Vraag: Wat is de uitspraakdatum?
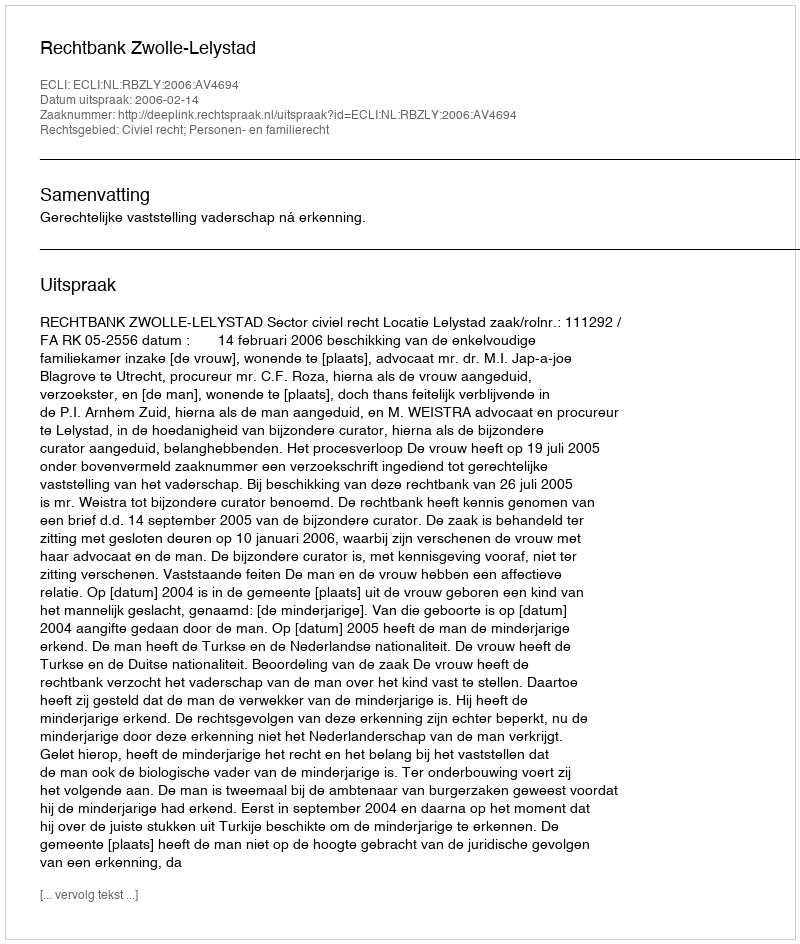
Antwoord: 2006-02-14